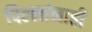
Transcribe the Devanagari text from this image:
पिल्लांनाही